Annual administration report of the Civil Veterinary Department of India - 1894-1895
Year: 1894
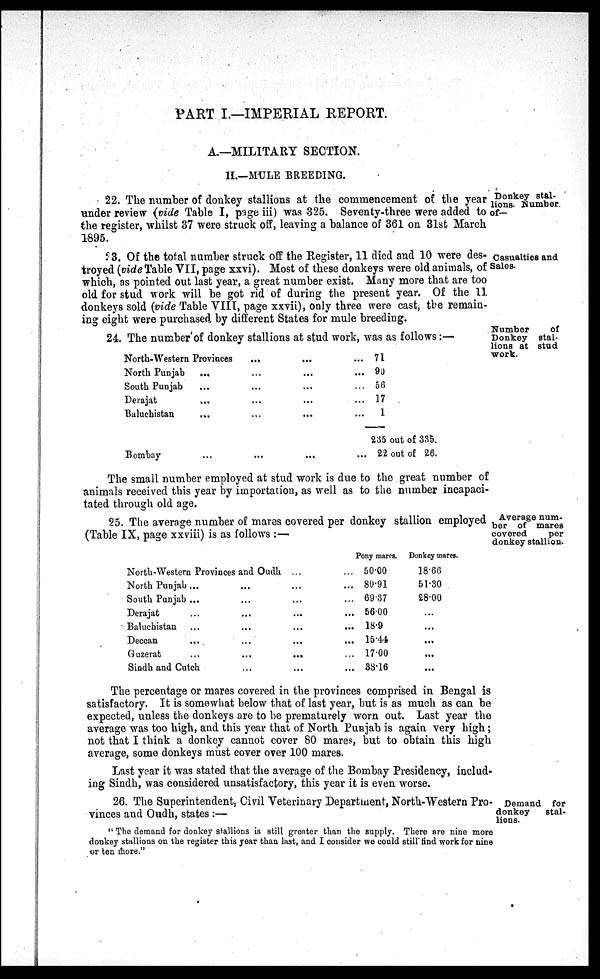
PART I.—IMPERIAL REPORT.
A.—MILITARY SECTION.
II.—MULE BREEDING.
Donkey stal-
lions. Number
of-
22. The number of donkey stallions at the commencement of the year
under review (vide Table I, page iii) was 325. Seventy-three were added to
the register, whilst 37 were struck off, leaving a balance of 361 on 31st March
1895.
Casualties and
Sales.
23. Of the total number struck off the Register, 11 died and 10 were des-
troyed (vide Table VII, page xxvi). Most of these donkeys were old animals, of
which, as pointed out last year, a great number exist. Many more that are too
old for stud work will be got rid of during the present year. Of the 11
donkeys sold (vide Table VIII, page xxvii), only three were cast, the remain-
ing eight were purchased by different States for mule breeding.
Number
of
Donkey stal-
lions at stud
work.
24. The number of donkey stallions at stud work, was as follows:—
North-Western Provinces
North Punjab
South Punjab
Derajat
Baluchistan
Bombay
...
...
...
...
...
...
...
...
...
...
...
...
...
...
...
...
...
...
...
...
...
...
71
90
56
17
1
235 out of 335.
22 out of 26.
The small number employed at stud work is due to the great number of
animals received this year by importation, as well as to the number incapaci-
tated through old age.
Average num-
ber of mares
covered
per
donkey stallion.
25. The average number of mares covered per donkey stallion employed
(Table IX, page xxviii) is as follows:—
North-Western Provinces and Oudh
North Punjab
South Punjab
Derajat
Baluchistan
Deccan
Guzerat
...
...
...
...
...
Sindh and Cutch
...
...
...
...
...
...
...
...
...
...
...
...
...
...
Pony marcs.
...
...
...
...
...
...
...
50.00
80.91
69.37
5600
18.9
15.44
17.00
38.16
Donkey mares.
18.66
51.30
28.00
...
...
...
...
...
The percentage or mares covered in the provinces comprised in Bengal is
satisfactory. It is somewhat below that of last year, but is as much as can be
expected, unless the donkeys are to be prematurely worn out. Last year the
average was too high, and this year that of North Punjab is again very high;
not that I think a donkey cannot cover 80 mares, but to obtain this high
average, some donkeys must cover over 100 mares.
Last year it was stated that the average of the Bombay Presidency, includ-
ing Sindh, was considered unsatisfactory, this year it is even worse.
Demand for
donkey
stal-
lions.
26. The Superintendent, Civil Veterinary Department, North-Western Pro-
vinces and Oudh, states:—
"The demand for donkey stallions is still greater than the supply. There are nine more
donkey stallions on the register this year than last, and I consider we could still find work for nine
or ten more."